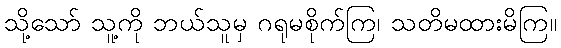
သို့သော် သူ့ကို ဘယ်သူမှ ဂရုမစိုက်ကြ၊ သတိမထားမိကြ။